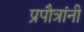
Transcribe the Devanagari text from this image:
प्रपौत्रांनी